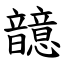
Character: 䪰